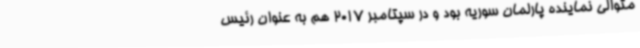
متوالی نماینده پارلمان سوریه بود و در سپتامبر 2017 هم به عنوان رئیس